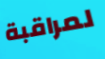
لمراقبة